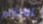
الإلتزام